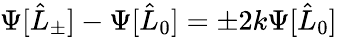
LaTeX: \Psi[\hat{L}_{\pm}]-\Psi[\hat{L}_{0}]=\pm 2k\Psi[\hat{L}_{0}]